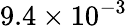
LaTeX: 9.4\times 10^{-3}